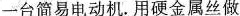
一台简易电动机。用硬金属丝做